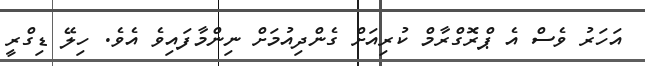
އަހަރު ވެސް އެ ޕްރޮގްރާމް ކުރިއަށް ގެންދިއުމަށް ނިންމާފައިވެ އެވެ. ހިލޭ ޑިގްރީ